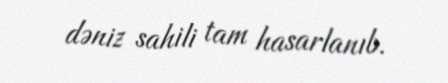
dəniz sahili tam hasarlanıb.